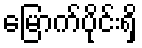
မြောက်ပိုင်းရှိ